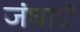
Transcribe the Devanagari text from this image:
जंघाएं